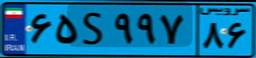
۶۵S۹۹۷۸۶